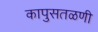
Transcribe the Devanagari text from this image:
कापुसतळणी